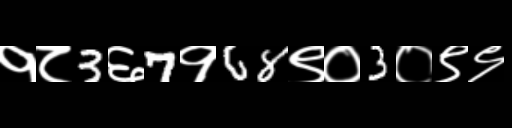
Text: १८3६7१68९०3०९९